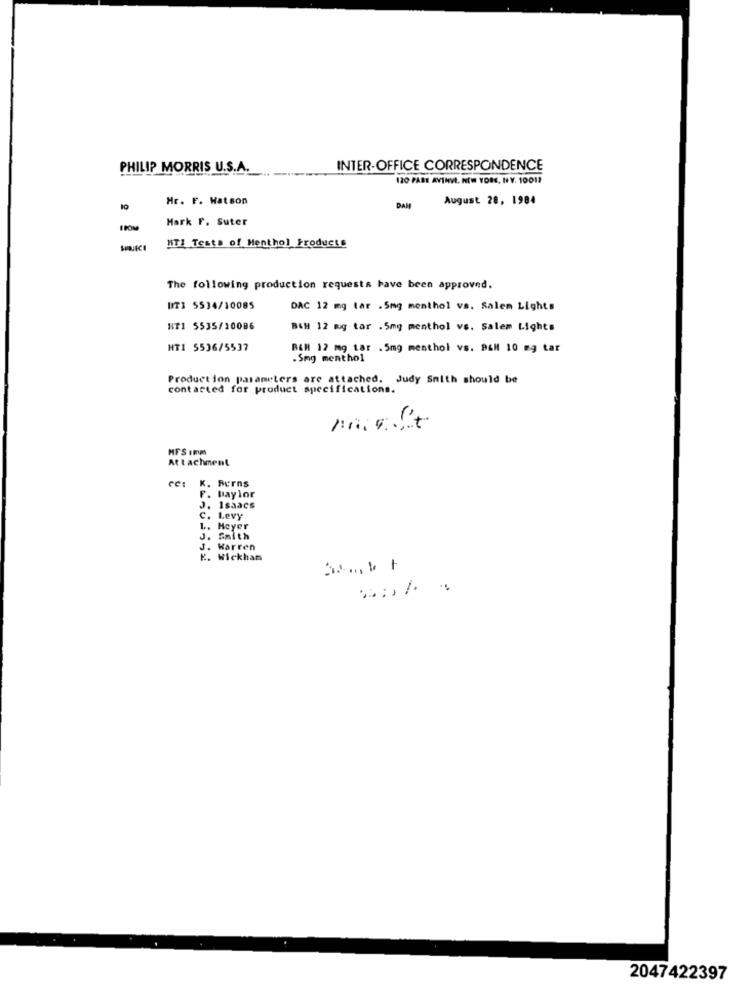
PHILIP MORRIS U.S.A.
INTER-OFFICE CORRESPONDENCE
120 PARE AVINVI. NEW YORK, I Y. 10012
Hr. F. Watson
August 20, 1984
10
DAM
Hark F. Suter
HTI Tests of Menthol Products
The following production requests have been approved.
UIT3 5534/10085
DAC 12 mg tar .5mg menthol vs. Salem Lights
NT1 5535/10086
B&H 12 kg tar .5mg menthol vs. Salem Lights
HT1 5536/5537
BEM 12 mg tar . 5mg menthol vs. B&M 10 mg tar
.Smg menthol
Production parameters are attached. Judy Smith should be
contacted for product specifications.
MFS 1mm
Attachment
cc:
K. Burns
Baylor
Isaacs
Levy
L. Hoyer
Smith
J. Warren
Wickhan
-
2047422397